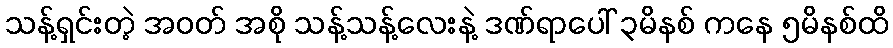
သန့်ရှင်းတဲ့ အဝတ် အစို သန့်သန့်လေးနဲ့ ဒဏ်ရာပေါ် ၃မိနစ် ကနေ ၅မိနစ်ထိ